Medical and sanitary report of the native army of Madras for the year
Year: 1878
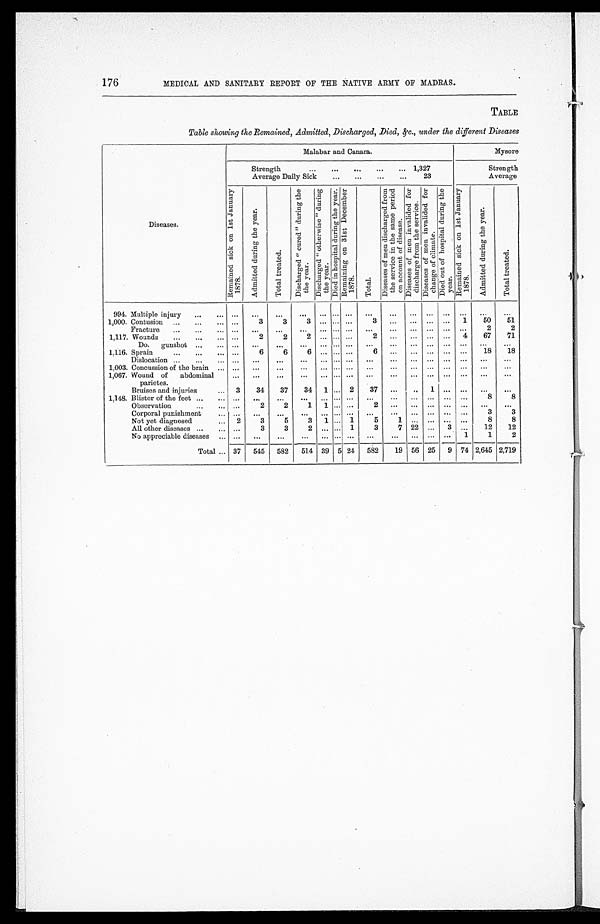
176
MEDICAL AND SANITARY REPORT OF THE NATIVE ARMY OF MADRAS.
TABLE
Table showing the Remained, Admitted, Discharged, Died, &c., under the different Diseases
Diseases.
Malabar and Canara.
Mysore
Strength . . . 1,327
Average Daily Sick . . . 23
Strength
Average
R e m a i n e d s i c k o n 1 s t J a n u a r y 1 8 7 8 .
A d m i t t e d d u r i n g t h e y e a r .
T o t a l t r e a t e d . D i s c h a r g e d " c u r e d " d u r i n g t h e y e a r . D i s c h a r g e d " o t h e r w i s e " d u r i n g t h e y e a r . D i e d i n h o s p i t a l d u r i n g t h e y e a r . R e m a i n i n g o n 3 1 s t D e c e m b e r 1 8 7 8 .
T o t a l . D i s e a s e s o f m e n d i s c h a r g e d f r o m t h e s e r v i c e i n t h e s a m e p e r i o d o n a c c o u n t o f d i s e a s e .
D i s e a s e s o f m e n i n v a l i d e d f o r d i s c h a r g e f r o m t h e s e r v i c e .
D i s e a s e s o f m e n i n v a l i d e d f o r c h a n g e o f c l i m a t e . D i e d o u t o f h o s p i t a l d u r i n g t h e y e a r .
R e m a i n e d s i c k o n 1 s t J a n u a r y 1 8 7 8 .
A d m i t t e d d u r i n g t h e y e a r .
T o t a l t r e a t e d .
. . .
. . . . . .
. . .
. . .
. . . . . .
. . .
. . .
. . .
. . .
. . .
994. Multiple injury . . .
. . .
. . .
. . .
. . .
. . .
. . .
. . .
. . .
. . . . . .
. . .
. . .
. . .
. . .
3
3
. . .
1,000. Contusion . . . . . .
Fracture . . . . . .
. . .
. . .
. . .
. . . . . . . . .
. . .
. . .
. . .
. . .
. . .
. . .
2
2
2
. . .
. . .
. . .
. . . 4
67
71
1,117. W o u n d s . . . . . .
2
2
2
. . . . . . . . .
Do. gunshot . . . . . .
. . .
. . .
. . .
. . . . . . . . .
. . .
. . .
. . .
. . .
. . .
. . .
. . .
. . .
. . .
. . . . . .
6
. . .
. . .
. . .
. . . . . .
18
18
. . .
6
6
6
1,116. S p r a i n . . .
Dislocation . . . . . .
. . .
. . .
. . .
. . . . . . . . .
. . .
. . .
. . .
. . .
. . . . . .
. . .
. . .
1 , 0 0 3 . C o n c u s s i o n o f t h e b r a i n . . . . . .
. . .
. . .
. . .
. . . . . . . . .
. . .
. . .
. . .
. . . . . .
. . .
. . .
. . .
1,067. Wound of abdominal
parietes.
. . .
. . .
. . .
. . .
. . . . . . . . .
. . .
. . .
. . .
. . .
. . .
. . .
. . .
. . .
3
34
37
34 1 . . . 2
37
. . .
. . . 1
. . .
. . .
. . .
. . .
Bruises and injuries . . . . . .
. . .
. . .
. . .
. . . . . . . . .
. . .
. . .
. . .
. . . . . . . . .
8
8
1,148. B l i s t e r o f t h e f e e t . . . . . .
2
2
1 1 . . . . . .
2
. . .
. . .
. . . . . .
. . .
. . .
. . .
Observation . . .
Corporal punishment . . .
. . .
. . .
. . .
. . .
. . . . . . . . .
. . .
. . .
. . .
. . .
. . .
. . .
3
3
2
3
5
3 1 . . . 1
5
1
. . .
. . .
. . .
. . .
8
8
Not yet diagnosed . . .
All other diseases . . .
. . .
3
3
2
. . . . . . 1
3
7 22
. . . 3
. . .
1 2 12
. . .
. . .
. . .
. . . . . . . . .
. . .
. . .
. . .
. . .
. . . 1
1
2
No appreciable diseases . . .
. . .
Total . . .
582
19 56 25 9 74 2,645 2,719
545 582 514 39 5 24
3 7